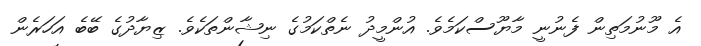
އެ މޫނުމަތިން ފެނުނީ މާޔޫސްކަމެވެ. އުންމީދު ނެތްކަމުގެ ނިޝާންތަކެވެ. ޒިޔާދުގެ ބޭބެ އަހަރެން